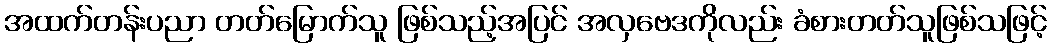
အထက်တန်းပညာ တတ်မြောက်သူ ဖြစ်သည့်အပြင် အလှဗေဒကိုလည်း ခံစားတတ်သူဖြစ်သဖြင့်